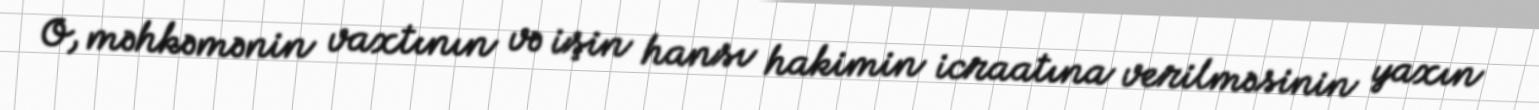
O, məhkəmənin vaxtının və işin hansı hakimin icraatına verilməsinin yaxın